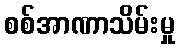
စစ်အာဏာသိမ်းမှု